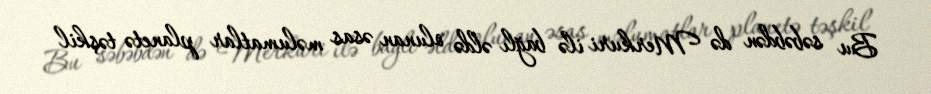
Bu səbəbdən də Merkuri ilə bağlı əldə olunan əsas məlumatlar planetə təşkil